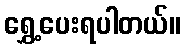
ရွှေ့ပေးရပါတယ်။